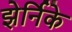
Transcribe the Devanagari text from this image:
झेर्निके